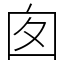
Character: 囱